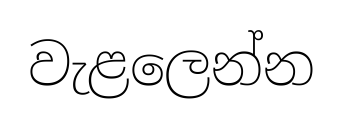
වැළලෙන්න